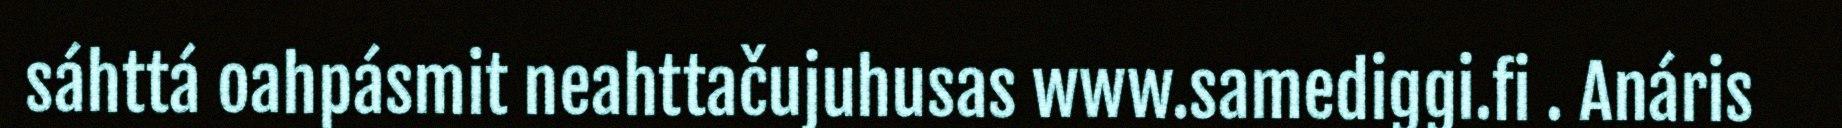
sáhttá oahpásmit neahttačujuhusas www.samediggi.fi . Anáris